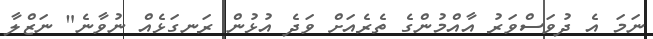
ނަމަ އެ ދުވަސްވަރު އާއްމުންގެ ތެރެއަށް ވަދެ އުޅުން ރަނގަޅެއް ނުވާނެ" ނަޒްލާ